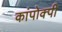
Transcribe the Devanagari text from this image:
कांपोक्पी